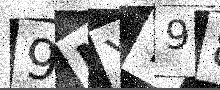
Text: 9NYY98